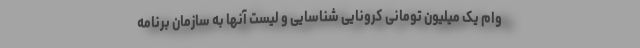
وام یک میلیون تومانی کرونایی شناسایی و لیست آنها به سازمان برنامه